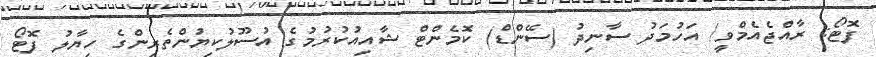
ފޮޓޯ: ރާއްޖެއެމްވީ/ އަހުމަދު ސާނިދު (ސޭންޑް) ކޮމެންޓް ޝާއިއުކުރުމުގެ އުސޫލުކިޔުންތެރިންގެ ހިޔާލު ފޮޓޯ